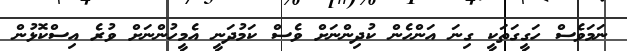
ނަމަވެސް ހަގީގަތަކީ ގިނަ އަންހެން ކުދިންނަށް ވެސް ކަމުދަނީ އެމީހުންނަށް ވުރެ އިސްކޮޅުން